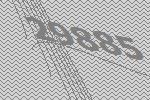
29885